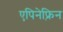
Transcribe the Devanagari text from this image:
एपिनेफ़्रिन